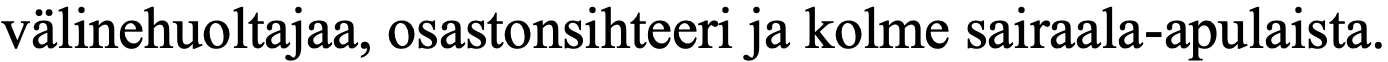
välinehuoltajaa, osastonsihteeri ja kolme sairaala-apulaista.